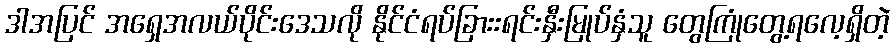
ဒါအပြင် အရှေအလယ်ပိုင်းဒေသလို နိုင်ငံရပ်ခြားးရင်းနှီးမြုပ်နှံသူ တွေကြုံတွေ့ရလေ့ရှိတဲ့